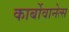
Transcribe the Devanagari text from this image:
कार्बोवानेत्स